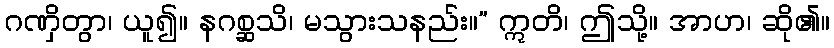
ဂဏှိတွာ၊ ယူ၍။ နဂစ္ဆသိ၊ မသွားသနည်း။” ဣတိ၊ ဤသို့။ အာဟ၊ ဆို၏။